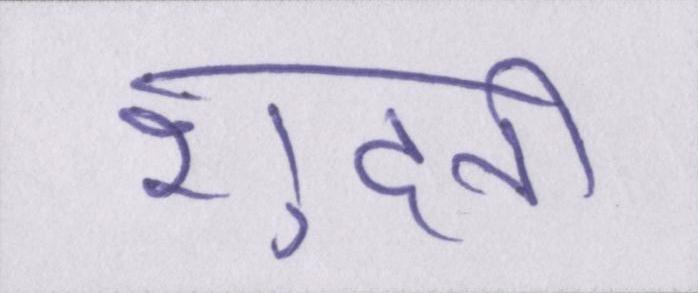
शुदनी